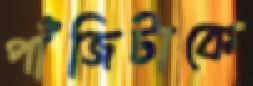
পাঁজিটাকে